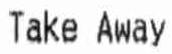
TAKE AWAY